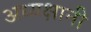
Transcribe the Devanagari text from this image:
अध्यक्षानी